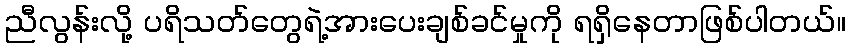
ညီလွန်းလို့ ပရိသတ်တွေရဲ့အားပေးချစ်ခင်မှုကို ရရှိနေတာဖြစ်ပါတယ်။